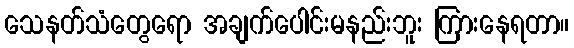
သေနတ်သံတွေရော အချက်ပေါင်းမနည်းဘူး ကြားနေရတာ။